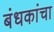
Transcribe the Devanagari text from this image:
बंधकांचा